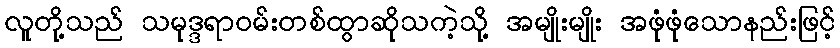
လူတို့သည် သမုဒ္ဒရာဝမ်းတစ်ထွာဆိုသကဲ့သို့ အမျိုးမျိုး အဖုံဖုံသောနည်းဖြင့်